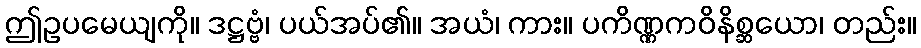
ဤဥပမေယျကို။ ဒဋ္ဌဗ္ဗံ၊ ပယ်အပ်၏။ အယံ၊ ကား။ ပကိဏ္ဏကဝိနိစ္ဆယော၊ တည်း။